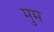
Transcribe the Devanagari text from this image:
मुम